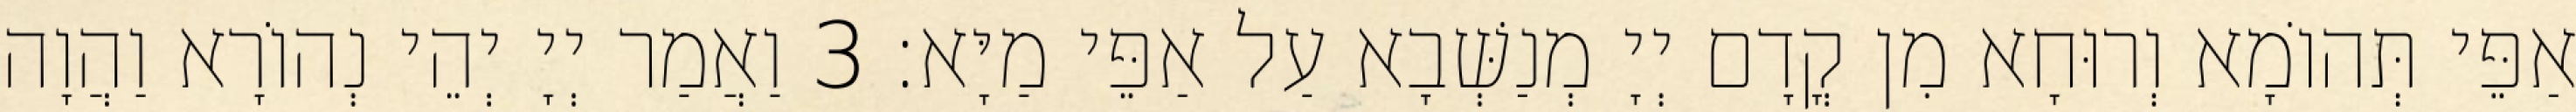
אַפֵּי תְּהוֹמָא וְרוּחָא מִן קֳדָם יְיָ מְנַשְּׁבָא עַל אַפֵּי מַיָּא׃ 3 וַאֲמַר יְיָ יְהֵי נְהוֹרָא וַהֲוָה